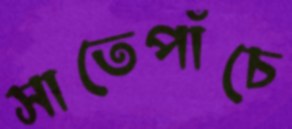
সাতেপাঁচে